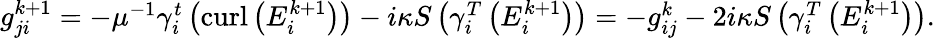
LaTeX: \begin{array}{r}{g_{ji}^{k+1}=-\mu^{-1}\gamma_{i}^{t}\left(\operatorname{curl}\left(E_{i}^{k+1}\right)\right)-i\kappa S\left(\gamma_{i}^{T}\left(E_{i}^{k+1}\right)\right)=-g_{ij}^{k}-2i\kappa S\left(\gamma_{i}^{T}\left(E_{i}^{k+1}\right)\right).}\end{array}